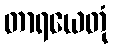
တာရယေတုံ